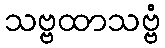
သဗ္ဗထာသဗ္ဗံ